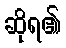
ဆိုရ၏